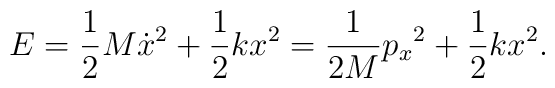
E={1\over 2}M\dot{x}^2 +{1\over 2}kx^2 ={1\over {2M}}{p_x}^2 +{1\over 2}kx^2.